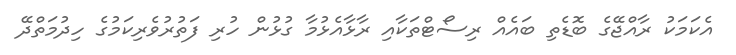
އެކަމަކު ރާއްޖޭގެ ބޮޑެތި ބައެއް ރިސޯޓްތަކާއި ރާޅާއެޅުމާ ގުޅުން ހުރި ފަތުރުވެރިކަމުގެ ހިދުމަތްދޭ